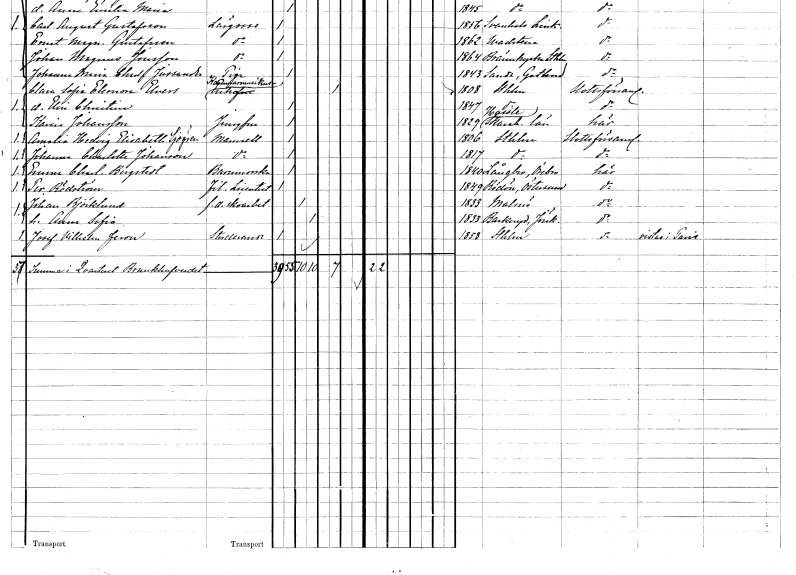
gt_parse: households: individuals: FN: Amalia Hedvig Elisabeth
EN: Sjögren
KON: K
CIV: O
FODAR: 1806
FODFORS: Stockholm
FN: Johanna Charlotta
EN: Johansson
KON: K
CIV: O
FODAR: 1817
FODFORS: Stockholm
FN: Emma Charlotta
EN: Bergstedt
YRKE: Barnmorska
KON: K
CIV: O
FODAR: 1840
FODFORS: Längbro Örebro län
FN: Per
EN: Rödström
YRKE: Fil. lic.
KON: M
CIV: O
FODAR: 1849
FODFORS: Rödön Jämtlands län
FN: Johan
EN: Björklund
YRKE: Skoarbetare f.d.
KON: M
CIV: G
FODAR: 1833
FODFORS: Malmö Malmöhus län
FN: Anna Sofia
KON: K
CIV: G
FODAR: 1833
FODFORS: Barkeryd Jönköpings län
FN: Josef Wilhelm
EN: Feron
YRKE: Studerande
KON: M
CIV: O
FODAR: 1858
FODFORS: Stockholm